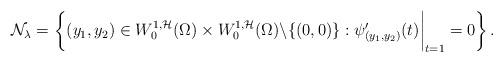
LaTeX: \begin{align*} \mathcal{N}_{\lambda} = \left\{ (y_1, y_2)\in W_{0}^{1, \mathcal{H}}(\Omega) \times W_{0}^{1, \mathcal{H}}(\Omega)\backslash\{(0,0)\}: \psi_{(y_1, y_2)}^{\prime}(t) \bigg\vert_{t = 1} = 0 \right\}.\end{align*}